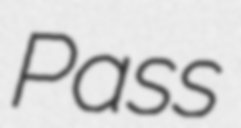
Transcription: Pass